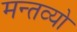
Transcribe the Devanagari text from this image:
मन्तव्यो